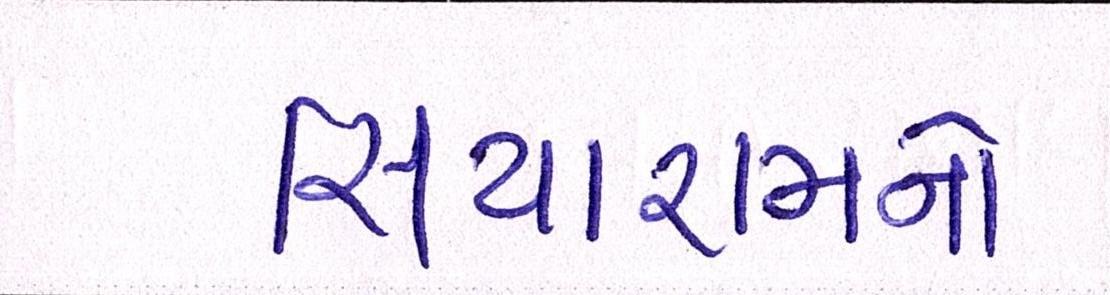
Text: સિયારામનો